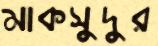
মাকসুদুর